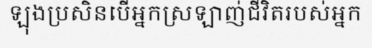
ឡុងប្រសិនបើអ្នកស្រឡាញ់ជីវិតរបស់អ្នក